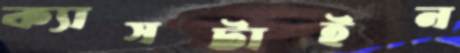
ক্যাসটাইন